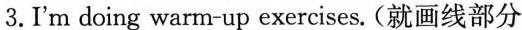
3.I'm doing_ warm up exercises.(就画线部分